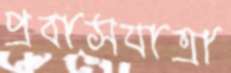
প্রবাসযাত্রা